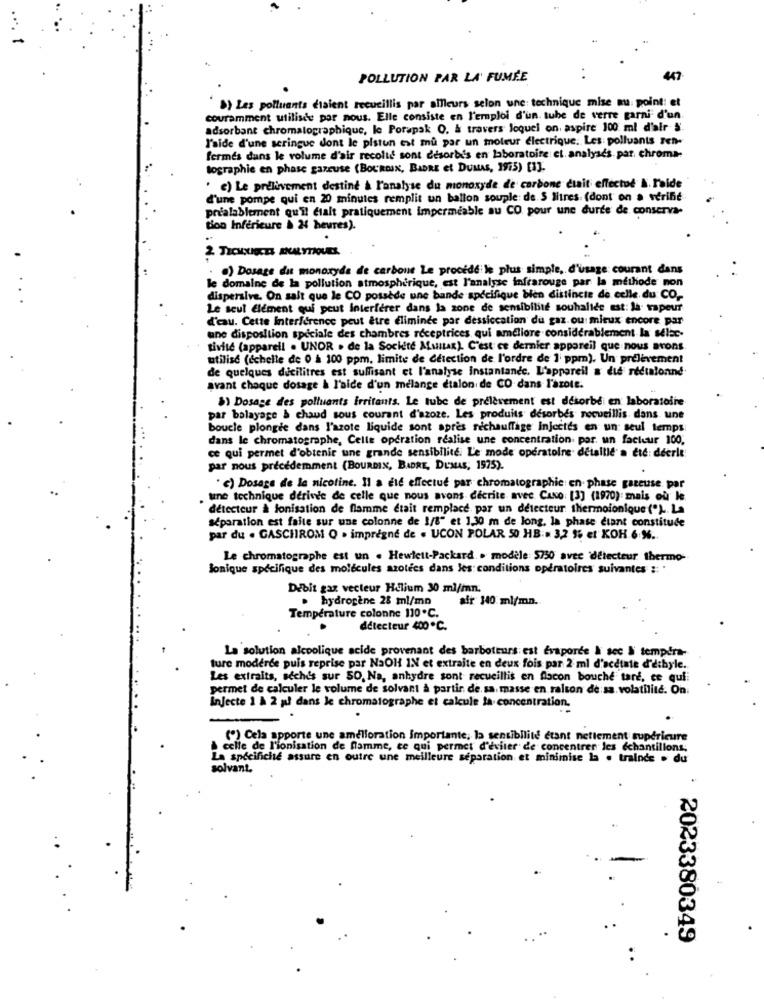
POLLUTION PAR LA FUMÉE
447
B) Les polluants étaient recueillis par ailleurs selon une technique mise au point: et
couramment utilisée par nous. Elle consiste en l'emploi d'un. tube de verre garni d'un.
adsorbant chromatographique, le Porapak O. & travers Joquel on, aspire 100 ml d'air §.
l'aide d'une seringue dont le pistun est mu par un moteur électrique. Les: polluants ren-
fermes dans le volume d'air recolid sont desorbis en laboratoire et analysés. par. chroma-
tographie en phase gazeuse (BOURDIN, BARE et DUMAS, 1975) [3].
' c) Le prelivement destiné à l'analyse du monoxyde de carbone était effectod &. Faide
d'une pompe qui en 20 minutes remplit un ballon souple: de 5 litres (dont on a verifie
pralablement qu'il ctalt pratiquement impermeable au CO pour une durée de conserva-
tion Inférieure & 24 heures).
2. TECHNUECES ANALYTIQUES
) Dosage du monoxyde de carbone Le procede le plus simple, d'usage courant dans
le domaine de la pollution atmosphérique, est l'analyse infrarouge par la méthode non
dispersive. On salt que le CO possède une bande spécifique bien distincte de celle du CO ,-
Le seul Element qui peut interferer dans la zone de sensibilité souhalide est: la vapeur
d'eau. Cette Interference peut être éliminée par dessiccation du gaz ou mieux encore par
une disposition spéciale des chambres réceptrices qui améliore considérablement la selec-
tivité (appareil . UNOR . de la Société Mustan). C'est ce dernier appareil que nous avons.
utilise (échelle de 0 à 100 ppm, limite de détection de l'ordre de 1 ppm). Un prélèvement
de quelques dicilitres est suffisant et l'analyse instantanée. L'appareil a die redtalonne
avant choque dosage à l'aide d'un melange etalon de CO dans l'azote.
$) Dosage des polluants irritants. Le tube de prélèvement est desorbe en laboratoire
par balayage & chaud sous courant d'azoze. Les produits desorbes recueillis dans une
boucle plongee dans l'azote liquide sont après rechauffage Injectés en un seul temps
dans le chromatographe, Celle operation réalise une concentration por. un facteur 100.
ce qui permet d'obtenir une grande sensibilité. L'e mode opératoire détaillé a été: deerle
par nous précédemment (BOURDIN, BADRE, DUMAS, 1975).
. c) Dosage de la nicotine. Il a die effectue par chromatographie en phase gazeuse par
une technique derive de celle que nous avons décrite avec CaNo: [3] (1970): mais où le.
détecteur à lonisation de flamme était remplace, par un detecteur thermoionique ("). La
séparation est faite sur une colonne de 1/8" et 1,30 m de long, la phase diant constitude
par du . GASCHROM Q . imprégné de . UCON POLAR 50 HB: 3,2 % et KOH.6 %.
Le chromatographe est un . Hewlett-Packard .. modèle 5750 avec 'détecteur thermo-
Bonique spécifique des molécules azotees dans les conditions opératoires suivantes :: .
Debit gaz vecteur Helium 30 ml/mn.
· hydrogène 28 ml/mn
afr 140 ml/mn.
Temperature colonne 110ºC.
détecteur 400℃.
La solution alcoolique acide provenant des barboteurs est Evaporde & scc I tempera-
ture modérée puis reprise par NaOH IN et extraite en deux fois par 2 ml d'acetate d'ethyle.
Les extraits, seches sur 50, Na, anhydre sont recueillis en flacon bouche tare, ce quii
permet de calculer le volume de solvant à partir de. sa. masse en raison de sa. volatilité. On.
injecte 1 & 2 pl dans le chromatographe et calcule la concentration,
(*) Cela apporte une amélioration Importante, la sensibilité étant nettement supérieure
celle de l'ionisation de flamme, ce qui permet d'éviter de concentrer les échantillons;
La specifiche assure en outre une meilleure séparation et miniinise la . trainde . du
solvant.
2023380349